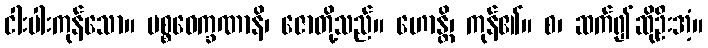
ငါးပါးကုန်သော။ ပစ္စဝေက္ခဏာနိ၊ ဇောတို့သည်။ ဟောန္တိ၊ ကုန်၏။ စ၊ ဆက်၍ဆိုဦးအံ့။